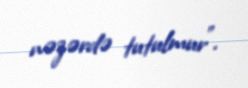
nəzərdə tutulmur”.